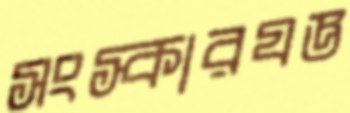
সংস্কারযজ্ঞ